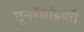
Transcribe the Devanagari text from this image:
पुनर्रमांडणी